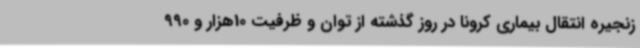
زنجیره انتقال بیماری کرونا در روز گذشته از توان و ظرفیت 10هزار و 990